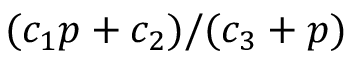
( c _ { 1 } p + c _ { 2 } ) / ( c _ { 3 } + p )